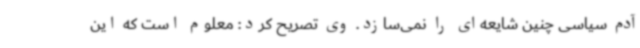
آدم سیاسی چنین شایعه‌ای را نمی‌سازد. وی تصریح کرد: معلوم است که این